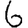
Digit: 6